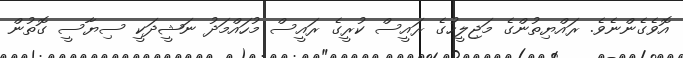
އޮވެގެންނެވެ. ރައްޔިތުންގެ މަޖިލީހުގެ ރައީސް ކުރީގެ ރައީސް މުހައްމަދު ނަޝީދަކީ ސިޔާސީ ގޮތުން